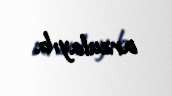
arzulayıb.